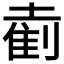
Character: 𫮘